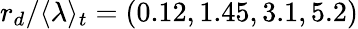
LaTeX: r_{d}/\langle\lambda\rangle_{t}=(0.12,1.45,3.1,5.2)